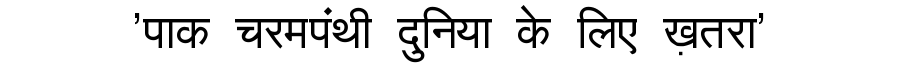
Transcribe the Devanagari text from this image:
'पाक चरमपंथी दुनिया के लिए ख़तरा'